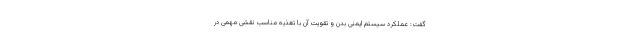
گفت: عملکرد سیستم ایمنی بدن و تقویت آن با تغذیه مناسب نقشی مهمی در